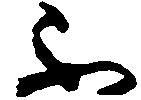
不